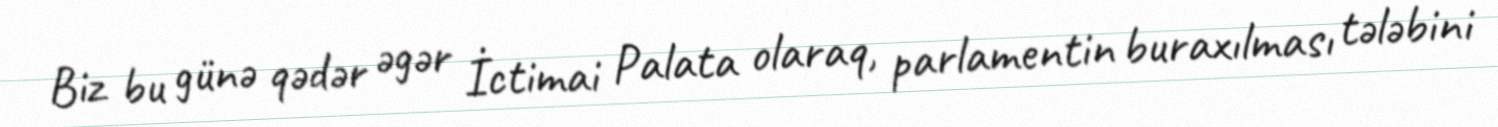
Biz bu günə qədər əgər İctimai Palata olaraq, parlamentin buraxılması tələbini